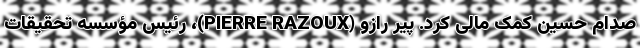
صدام حسین کمک مالی کرد. پیر رازو (PIERRE RAZOUX)، رئیس مؤسسه تحقیقات